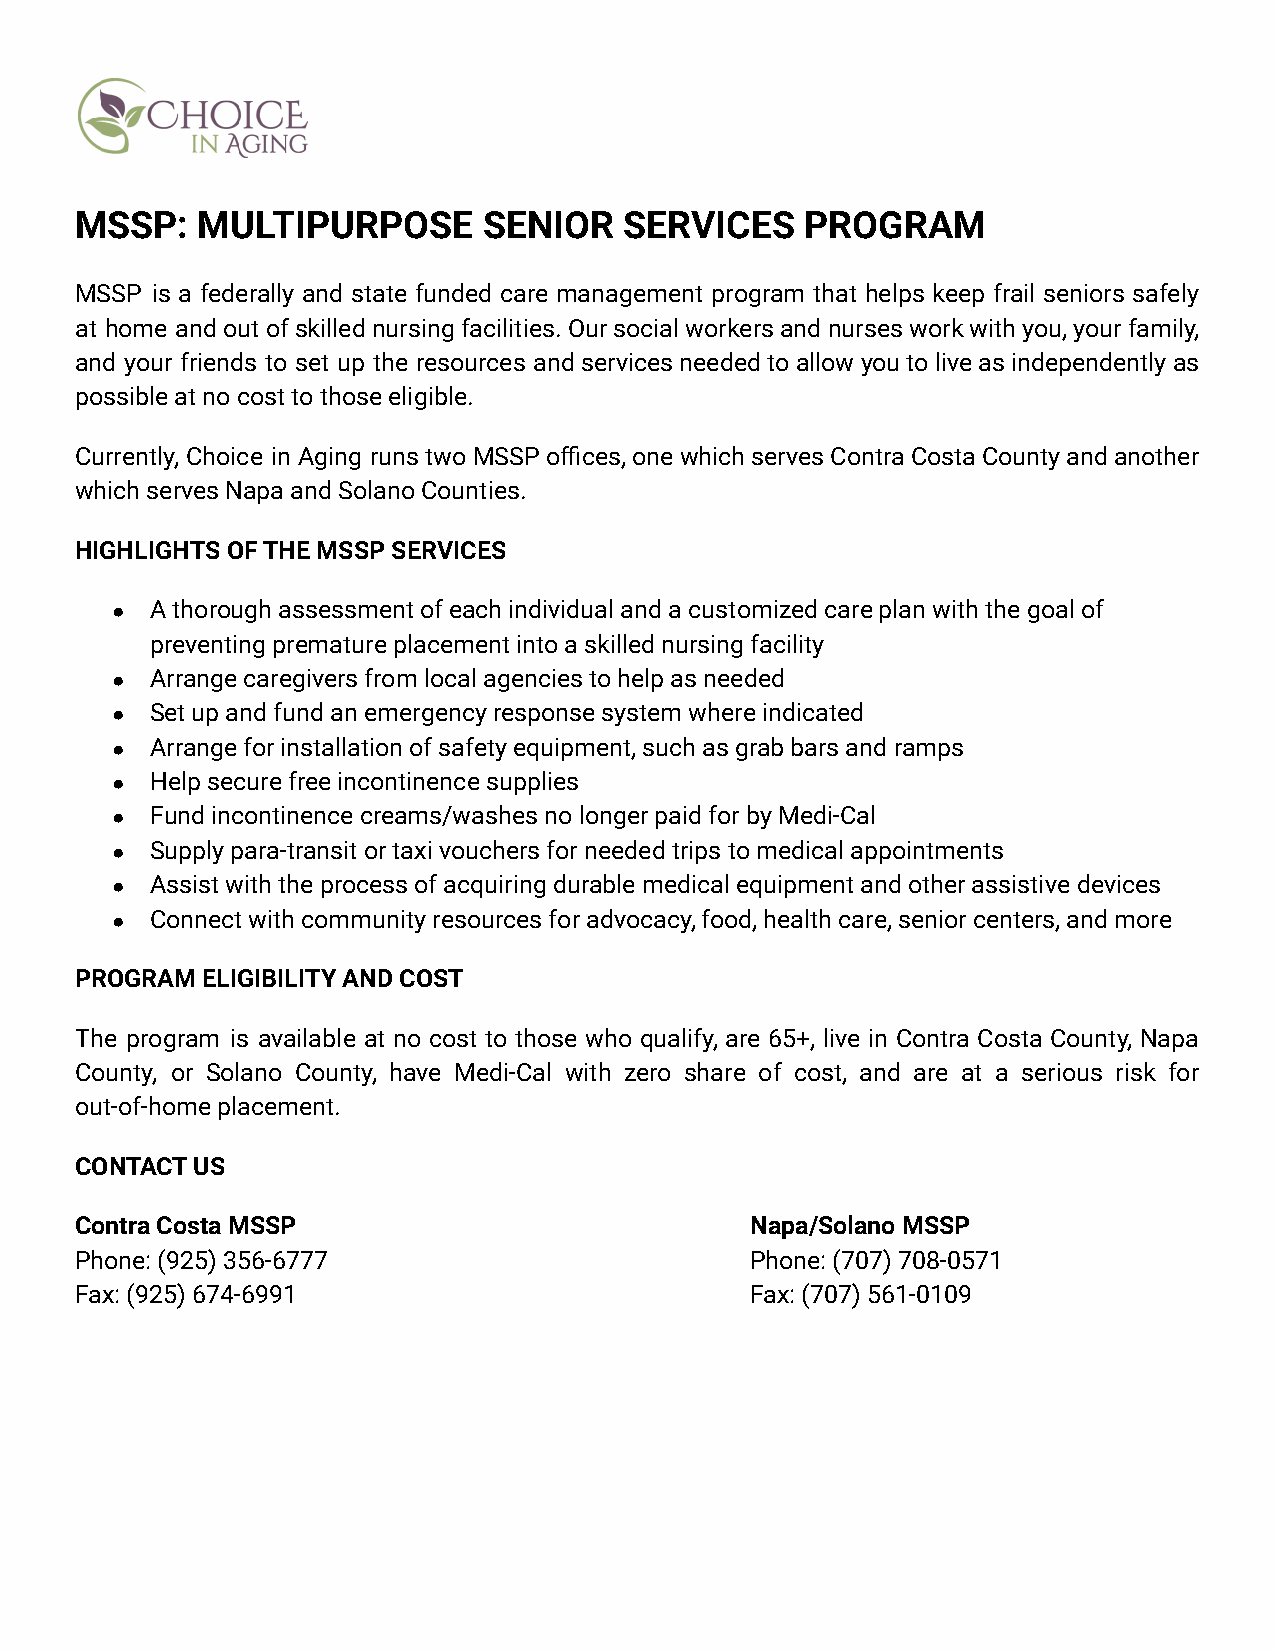
MSSP:   MULTIPURPOSE       SENIOR   SERVICES    PROGRAM
 MSSP is a federally and state funded care management program that helps keep frail seniors safely
 at home andoutofskillednursingfacilities.Oursocialworkersandnursesworkwithyou,yourfamily,
 and your friends to set up the resources andservicesneededtoallowyoutoliveasindependentlyas
 possible at no cost to those eligible.
 Currently, Choice in Aging runstwoMSSPoffices,onewhichservesContraCostaCountyandanother
 which serves Napa and Solano Counties.
 HIGHLIGHTS OF THE MSSP SERVICES
 ●  A thorough assessment of each individual and a customized care plan with the goal of
 preventing premature placement into a skilled nursing facility
 ●  Arrange caregivers from local agencies to help as needed
 ●  Set up and fund an emergency response system where indicated
 ●  Arrange for installation of safety equipment, such as grab bars and ramps
 ●  Help secure free incontinence supplies
 ●  Fund incontinence creams/washes no longer paid for by Medi-Cal
 ●  Supply para-transit or taxi vouchers for needed trips to medical appointments
 ●  Assist with the process of acquiring durable medical equipment and other assistive devices
 ●  Connect with community resources for advocacy, food, health care, senior centers, and more
 PROGRAM ELIGIBILITY AND COST
 The program is available at no cost to those who qualify, are 65+, live in Contra Costa County, Napa
 County, or Solano County, have Medi-Cal with zero share of cost, and are at a serious risk for
 out-of-home placement.
 CONTACT US
 Contra Costa MSSP                            Napa/Solano MSSP
 Phone: (925) 356-6777                        Phone: (707) 708-0571
 Fax: (925) 674-6991                          Fax: (707) 561-0109